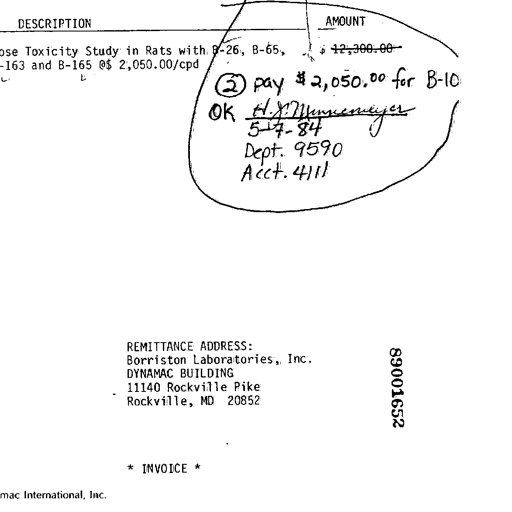
Transcript:
DESCRIPTION AMOUNT
Toxicity Study in Rats with B-26, B-65, $ 12,300.00
163 and B-165 @$ 2,050.00/cpd
(2) pay $ 2,050.00 for B-10
OK H. J. Munkemeyer
5-17-84
Dept. 9590
Acct. 4111
REMITTANCE ADDRESS:
Borriston Laboratories, Inc.
DYNAMAC BUILDING
11140 Rockville Pike
Rockville, MD 20852
89001652
* INVOICE *
mac International, Inc.